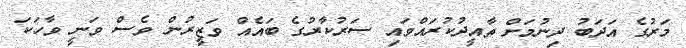
މަރުގެ އަދަބު ދިނުމަށް ތާއީދުކުރައްވައި ސަރުކާރުގެ ބައެއް ވަޒީރުން ވެސް ވަނީ ވާހަކަ